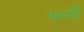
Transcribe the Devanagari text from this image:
५००सी